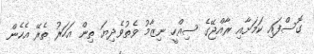
ގޮސްފައި ކަމަށާއި ރާއްޖޭގެ ސިއްހީ ނިޒާމު ވެތުވެދިޔަ ތިން އަހަރު ތެރޭ އެހެން